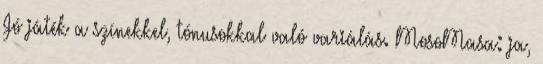
Jó játék a színekkel, tónusokkal való variálás. MosoMasa: ja,